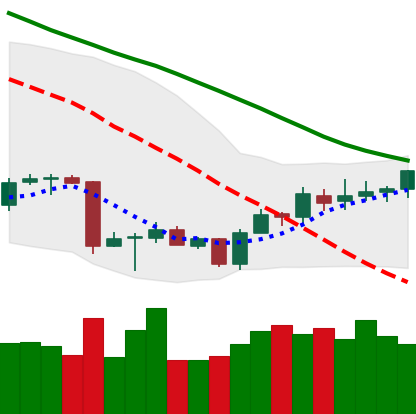
Ticker: BTC-USD
Chart end date: 2018-07-07
Forward return: -9.16%
Label: down_7plus